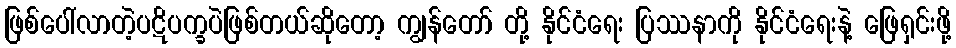
ဖြစ်ပေါ်လာတဲ့ပဋိပက္ခပဲဖြစ်တယ်ဆိုတော့ ကျွန်တော် တို့ နိုင်ငံရေး ပြဿနာကို နိုင်ငံရေးနဲ့ ဖြေရှင်းဖို့